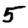
Digit: 5